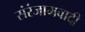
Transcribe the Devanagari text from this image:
संरंजामवादी